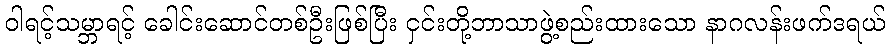
ဝါရင့်သမ္ဘာရင့် ခေါင်းဆောင်တစ်ဦးဖြစ်ပြီး ငှင်းတို့ဘာသာဖွဲ့စည်းထားသော နာဂလန်းဖက်ဒရယ်